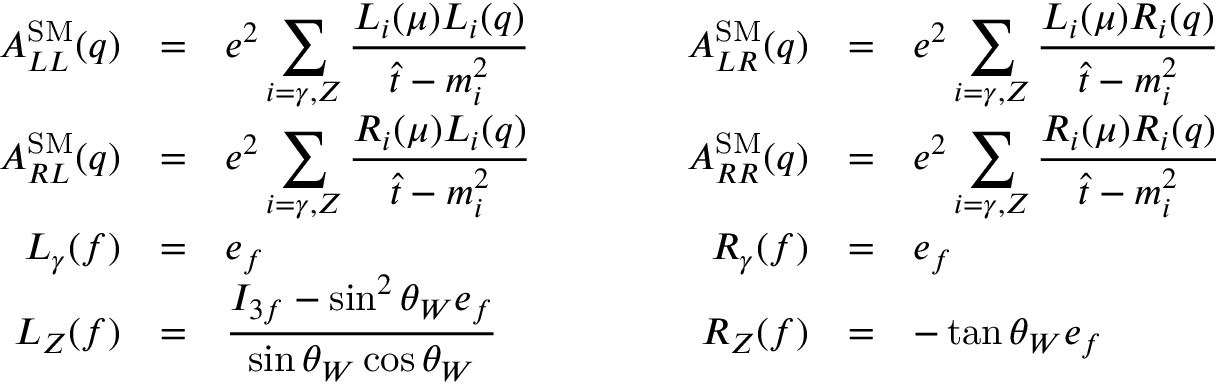
\begin{array} { r c l c r c l } { { A _ { L L } ^ { \mathrm { S M } } ( q ) } } & { { = } } & { { \displaystyle e ^ { 2 } \sum _ { i = \gamma , Z } \frac { L _ { i } ( \mu ) L _ { i } ( q ) } { \hat { t } - m _ { i } ^ { 2 } } } } & { { \qquad } } & { { A _ { L R } ^ { \mathrm { S M } } ( q ) } } & { { = } } & { { \displaystyle e ^ { 2 } \sum _ { i = \gamma , Z } \frac { L _ { i } ( \mu ) R _ { i } ( q ) } { \hat { t } - m _ { i } ^ { 2 } } } } \\ { { A _ { R L } ^ { \mathrm { S M } } ( q ) } } & { { = } } & { { \displaystyle e ^ { 2 } \sum _ { i = \gamma , Z } \frac { R _ { i } ( \mu ) L _ { i } ( q ) } { \hat { t } - m _ { i } ^ { 2 } } } } & { { } } & { { A _ { R R } ^ { \mathrm { S M } } ( q ) } } & { { = } } & { { \displaystyle e ^ { 2 } \sum _ { i = \gamma , Z } \frac { R _ { i } ( \mu ) R _ { i } ( q ) } { \hat { t } - m _ { i } ^ { 2 } } } } \\ { { L _ { \gamma } ( f ) } } & { { = } } & { { \displaystyle e _ { f } } } & { { } } & { { R _ { \gamma } ( f ) } } & { { = } } & { { \displaystyle e _ { f } } } \\ { { L _ { Z } ( f ) } } & { { = } } & { { \displaystyle \frac { I _ { 3 f } - \sin ^ { 2 } \theta _ { W } e _ { f } } { \sin \theta _ { W } \cos \theta _ { W } } } } & { { } } & { { R _ { Z } ( f ) } } & { { = } } & { { \displaystyle - \tan \theta _ { W } e _ { f } } } \end{array}